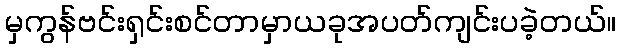
မှကွန်ဗင်းရှင်းစင်တာမှာယခုအပတ်ကျင်းပခဲ့တယ်။